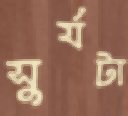
সুর্যটা